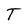
Character: T